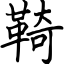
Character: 䩭